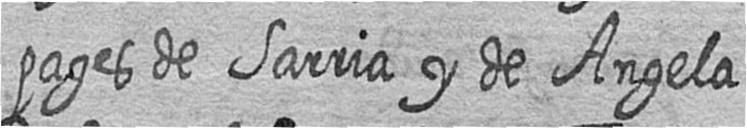
pages de Sarria y de Angela